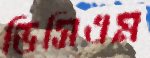
ডিসিএম